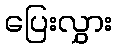
ပြေးလွှား